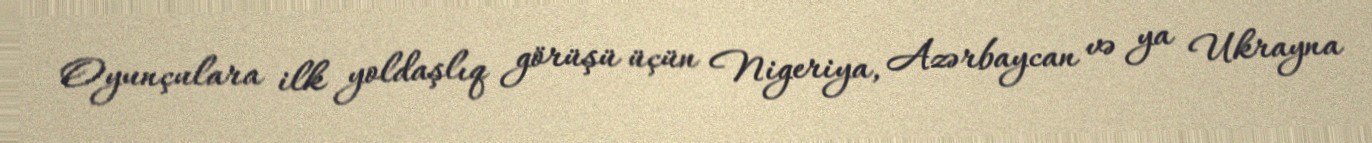
Oyunçulara ilk yoldaşlıq görüşü üçün Nigeriya, Azərbaycan və ya Ukrayna